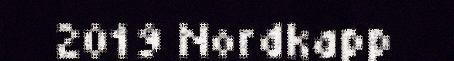
2019 Nordkapp